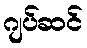
ဂျပ်ဆင်